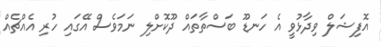
އޮފިޝަލް ވިދާޅުވީ އެ ހަނޑޫ ބަސްތާތައް ދޫކޮށްލި ނަމަވެސް އޭގައި ހުރި އެއްޗެއް